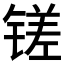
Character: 𫟿